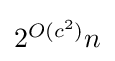
{\textstyle 2^{O(c^{2})}n}